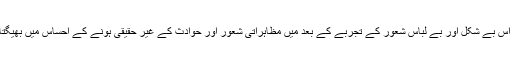
اکثر اس بے شکل اور بے لباس شعور کے تجربے کے بعد میں مظاہراتی شعور اور حوادث کے غیر حقیقی ہونے کے احساس میں بھیگتا رہا۔